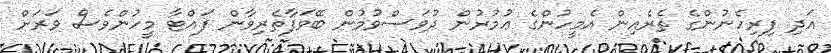
އަދި ފިރިހެނުންގެ ތެރެއިން އެމީހުންގެ ޢުމުރުން ދުވަސްވުމުން ބޭވަފާތެރިވާން ފައްޓާ މީހުންވެސް ވަރަށް